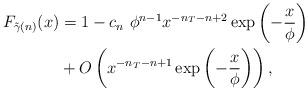
LaTeX: \begin{align*}F_{\tilde{\gamma}(n)}(x) & = 1 - c_n~\phi^{n-1}x^{-n_T-n+2}\exp\left(- \frac{x}{\phi}\right) \\ & +O\left( x^{-n_T-n+1} \exp\left(- \frac{x}{\phi}\right) \right),\end{align*}